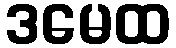
ဒမေထ